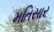
મતિસાર